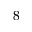
8